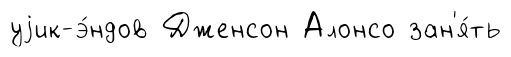
уjик-э́ндов Дженсон Алонсо зан'я́ть